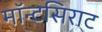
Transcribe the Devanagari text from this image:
मॉन्टसिराट